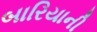
બારિયાની